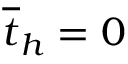
\overline { { t } } _ { h } = 0